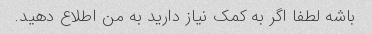
باشه لطفا اگر به کمک نیاز دارید به من اطلاع دهید.